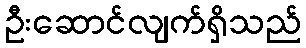
ဦးဆောင်လျက်ရှိသည်